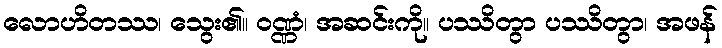
လောဟိတဿ၊ သွေး၏။ ဝဏ္ဏံ၊ အဆင်းကို။ ပဿိတွာ ပဿိတွာ၊ အဖန်